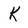
Character: K